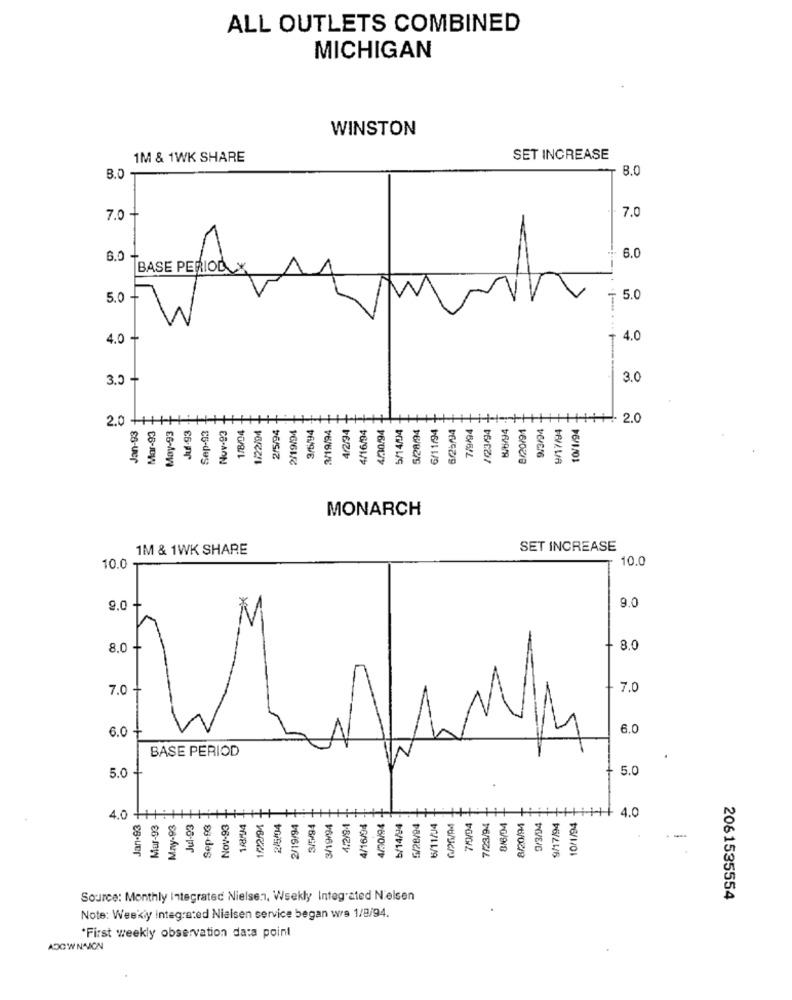
ALL OUTLETS COMBINED
MICHIGAN
WINSTON
1M & 1WK SHARE
SET INCREASE
8.0
B.0
7.0 -
7.0
6.0
6.0
BASE PERIOD_X
5.0 -
5.0
4.0 -
4.0
3.0 -
3.0
2.0 ++
Jan-93
Mar-93
May-93
Jul-93
1/8/04
1/22/94
2/5/94
3/5/94
3/19/94
4/2/94
4/16/94
4/30/94
5/14/04
5/28/94
6/11/94
6/25/94
/123/94
8/20/91
9/3/94
9/17/94
10/1/94
+ 2.0
Sep-03
Nov-93
7/9/94
MONARCH
1M & 1WK SHARE
SET INCREASE
10.0
10.0 -
0
9.0
9.0 +
0
8.0.
+ 8.0
7.0
7.0
6.0
6.0
BASE PERIOD
O
5.0
Sep-83 -
4.0 ++1:
Jan-93
Mur-93
May-93
Jul-93
Nov-93
1/22/94
245/94
2/19/94
3/5/94
3/19/94
4/2/94
4/16/04
4/30/94
b/14/94
5/28/94
6/11/04
7/0/04
7/23/94
8/6/04
8/20/94
0/3/94
9/17/94
10/1/94
H++ 4.0
Source: Monthly Integrated Nielsen, Weekly Integrated N'elsen
2061535554
Note: Weekly integrated Nielsen service began wrs 1/8/94.
*First weekly observation data point
ADGW NAICN